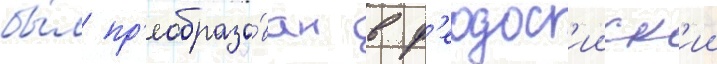
бы́л пр'еобразо́ван в ф'еодос'ииск'ии